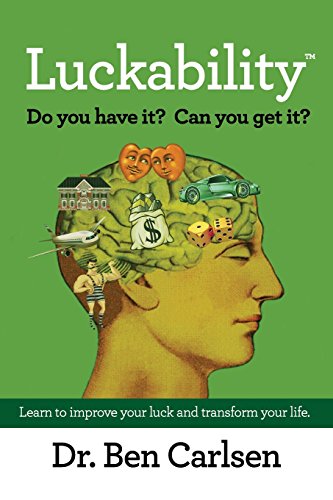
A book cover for LUCKABILITY; Ben Carlsen; Health, Fitness & Dieting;